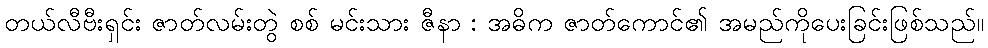
တယ်လီဗီးရှင်း ဇာတ်လမ်းတွဲ စစ် မင်းသား ဇီနာ : အဓိက ဇာတ်ကောင်၏ အမည်ကိုပေးခြင်းဖြစ်သည်။